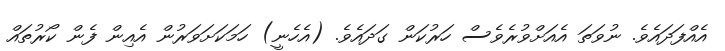
އެއްފަދައެވެ. ނުވަތަ އެއަށްވުރެވެސް ހަރުކަން ގަދައެވެ. (އެހެނީ) ހަމަކަށަވަރުން އެއިން ފެން ކޯރުތައް